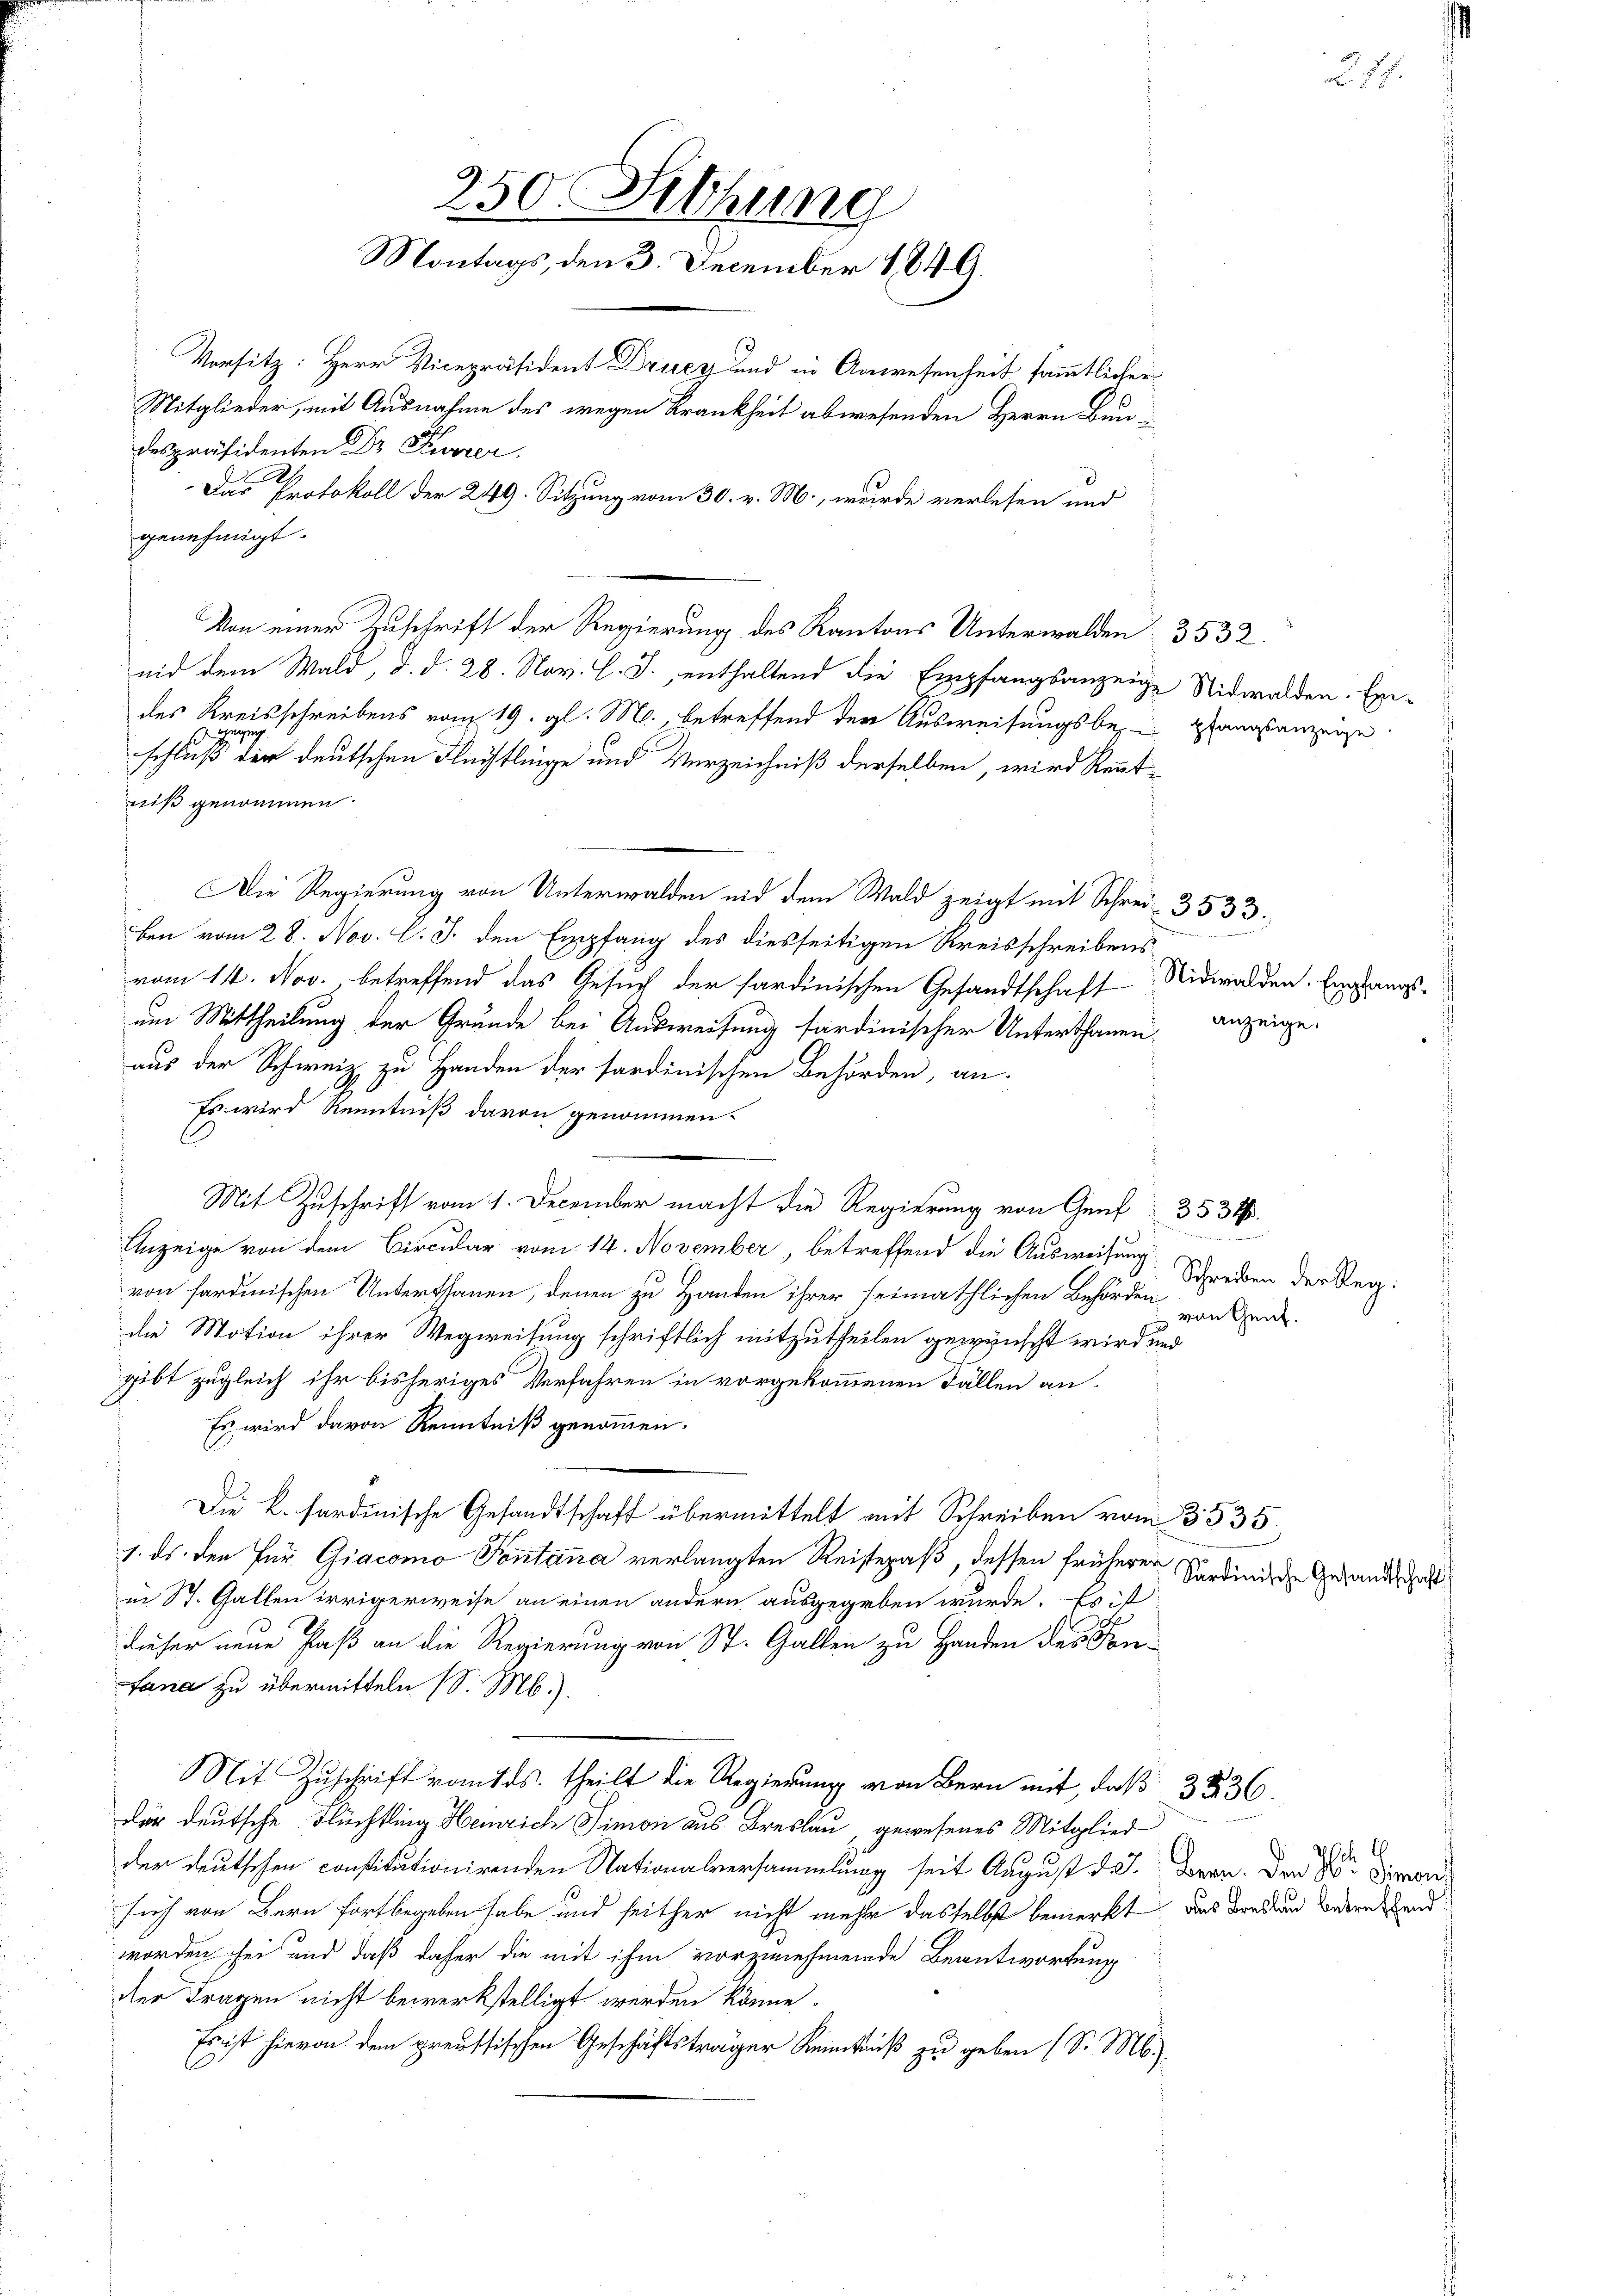
genehmigt.
Von einer Zuschrift der Regierung des Kantons Unterwalden 3532.
nid dem Wald, d. d. 28. Nov. l. J., enthaltend die Empfangsanzeige Nidwalden. Exdes Kreisschreibens vom 19. gl. M., betreffend der Ausweisungsbergangsanzeige
gegen
schluß der deutschen Flüchtlinge und Verzeichniß derselben, wird kenntniß genommen.
Die Regierung von Unterwalden nid dem Wald zeigt mit Schrei- 3533.
ben vom 28. Nov. l. J. den Empfang des diesseitigen Kreisschreibens
vom 14. Nov., betreffend das Gesuch der sardinischen Gesandtschaft Nidwalden. Eingangsum Mittheilung der Gründe bei Ausweisung fardinischer Unterthanen. Anzeige.
aus der Schweiz zu Handen der sardinischen Behörden, an
Es wird Kenntniß davon genommen.
Mit Zuschrift vom 1. December macht die Regierung von Genf
r
Anzeige von dem Circular vom 14. November, betreffend die Ausweisung
von sardinischen Unterthanen, denen zu Handen ihrer seimathlichen Behörden von Her
die Motion ihrer Wegweisung schriftlich mitzutheilen gewünscht wird und
gibt zugleich ihr bisheriges Verfahren in vorgekommenen Fällen an.
Es wird davon Kenntniß genommen.
Die k. fordenische Gesandtschaft übermittelt mit Schreiben vom 3535.
1. ds. den Pur. Giacomo Pontana verlangten Reisepaß, dessen früherer
in St. Gallen irrigerweise an einen andern ausgegeben wurde. Es ist
dieser neue Paß an die Regierung von St. Gallen zu Handen des For-
Lana zu übermitteln (S. M.).
Mit Zuschrift vom ds. theilt die Regierung von Bern mit, daß 3236.
der deutsche Flüchtling Heinrich Simon aus Breslau, gewesenes Mitglied
der deutschen constitutionirenden Nationalversammlung seit August da. Bern. Den Sr. Diensich von Bern fortbegeben habe und seither nicht mehr dasselbst bemerkt, das Forden weden and
worden sei und daß daher die mit ihm vorzunehmende Beantwortung
dier Fragen nicht bewerkstelligt werden könne.
Ernst hievon dem preussischen Geschäftsträger Kenntniß zu geben (S. M.).

250. Fethung
Montags, den 3. December 1849.
Vorsitz: Herr Vicepräsident Drucz und in Anwesenheit sämmtlicher
Mitglieder, mit Ausnahme des wegen Krankheit abwesenden Herrn Bundespräsidenten Dr. Kurer
Das Protokoll der 249. Sitzung vom 30. v. M., wurde verlesen und

c

Schreiben der Reg.

3531.

271.

Sardinische Gesandtschaft

Ich l